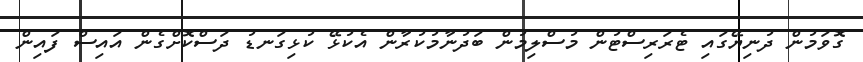
ގޮވަމުން ދުނިޔޭގައި ޓެރަރިސްޓުން މުސްލިމުން ބަދުނާމުކުރާން އެކުޅޭ ކުޅިގަނޑު ދަސްކޮށްގެން އައިސް ފައިން